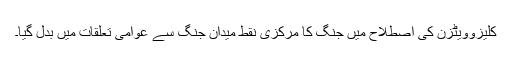
کلیزوویٹزن کی اصطلاح میں جنگ کا مرکزی نقط میدان جنگ سے عوامی تعلقات میں بدل گیا۔